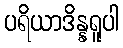
ပရိယာဒိန္နရူပါ